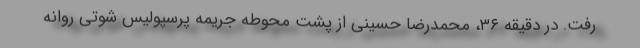
رفت. در دقیقه ۳۶، محمدرضا حسینی از پشت محوطه جریمه پرسپولیس شوتی روانه